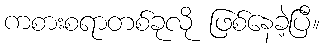
ကစားစရာတစ်ခုလို ဖြစ်နေခဲ့ပြီ။